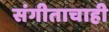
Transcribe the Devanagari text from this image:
संगीताचाही